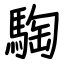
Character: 騊